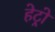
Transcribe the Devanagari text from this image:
हेट्रो